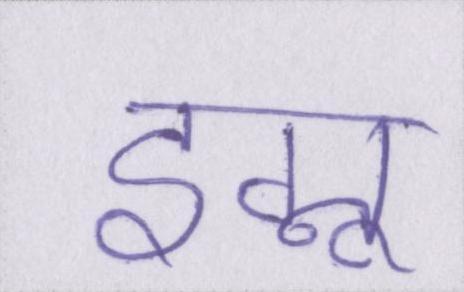
इग्नू